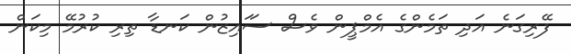
ފޭރިގަނެ އަދި ތަމެންގެ އެމްޕީން ވެސް ސަައިޒުން ކަނޑާ ތިރި ކުރުމޭ މިކަން